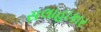
સલાહાકાર